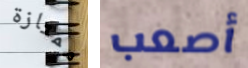
ممتازة أصعب